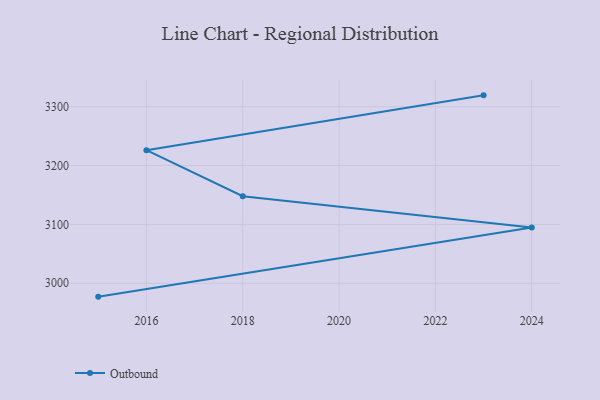
{"axis": {"x": "Year", "y": "Gross Profit (USD K)"}, "legend": ["Outbound"], "data": [{"x": "2023", "y": 3319.3, "type": "Outbound"}, {"x": "2016", "y": 3226.1, "type": "Outbound"}, {"x": "2018", "y": 3147.9, "type": "Outbound"}, {"x": "2024", "y": 3094.8, "type": "Outbound"}, {"x": "2015", "y": 2977.3, "type": "Outbound"}]}